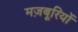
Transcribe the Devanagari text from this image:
मज़बूरियों